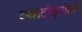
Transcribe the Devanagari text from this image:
ग्योटीङ्गेनने